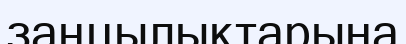
заңцылықтарына